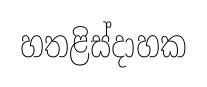
හතළිස්දාහක